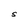
Character: S